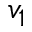
v _ { 1 }